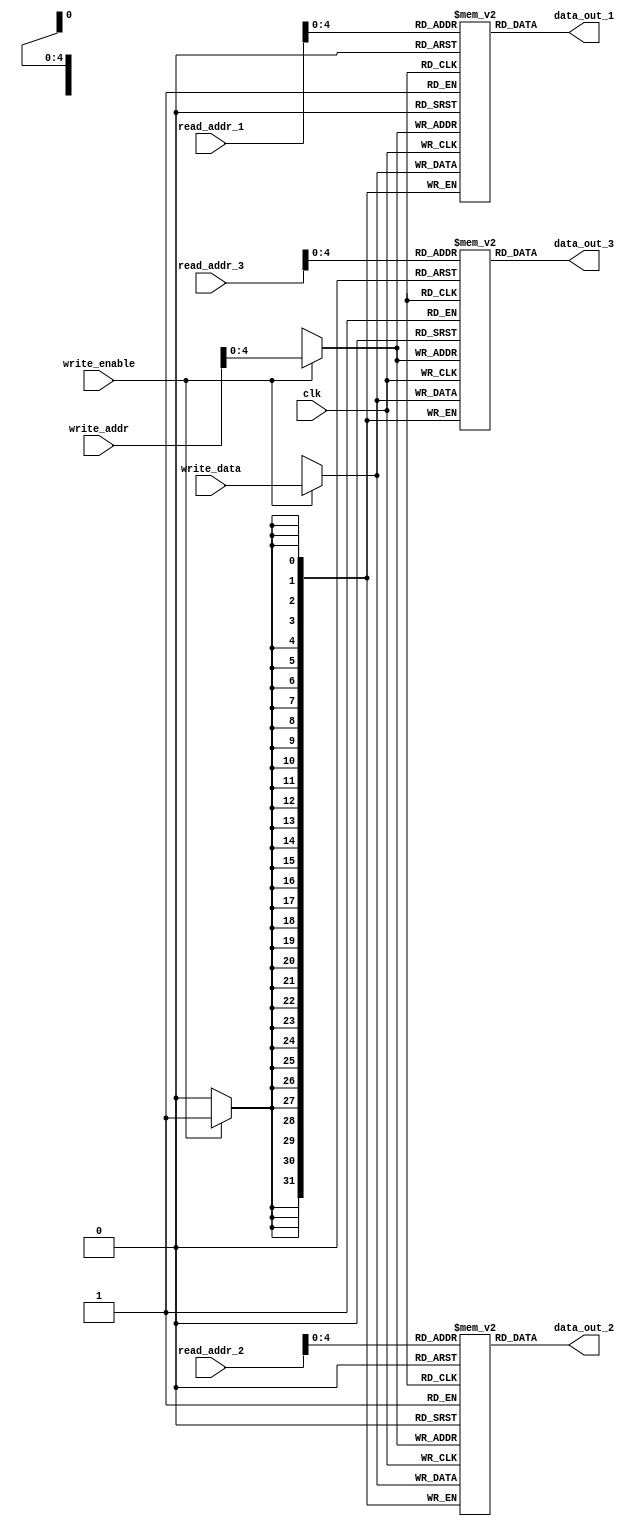
module register_file (
    input wire [31:0] read_addr_1, read_addr_2, read_addr_3,
    input wire [31:0] write_addr,
    input wire [31:0] write_data,
    input wire write_enable,
    input wire clk,
    output reg [31:0] data_out_1, data_out_2, data_out_3
);

reg [31:0] mem_block_1 [0:31];
reg [31:0] mem_block_2 [0:31];
reg [31:0] mem_block_3 [0:31];

always @(posedge clk) begin
    if (write_enable) begin
        mem_block_1[write_addr] <= write_data;
        mem_block_2[write_addr] <= write_data;
        mem_block_3[write_addr] <= write_data;
    end
end

assign data_out_1 = mem_block_1[read_addr_1];
assign data_out_2 = mem_block_2[read_addr_2];
assign data_out_3 = mem_block_3[read_addr_3];

endmodule